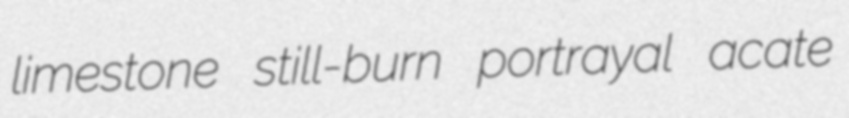
limestone still-burn portrayal acate